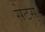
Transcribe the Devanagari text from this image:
सेटस्